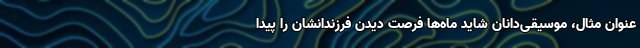
عنوان مثال، موسیقی‌دانان شاید ماه‌ها فرصت دیدن فرزندانشان را پیدا